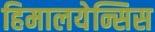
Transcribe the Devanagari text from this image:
हिमालयेन्सिस